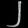
Digit: ၂